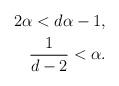
LaTeX: \begin{align*}2\alpha < d\alpha -1,\\\frac{1}{d-2}<\alpha.\end{align*}